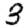
Digit: 3